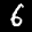
Label: 6